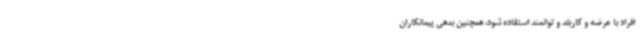
افراد با عرضه و کاربلد و توانمند استفاده شود، همچنین بدهی پیمانکاران